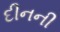
દીનની